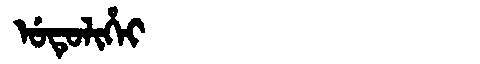
Manchu: ᡠᡨᡠᠯᡳᡥᡝᡳ
Romanization: UTULIHEI